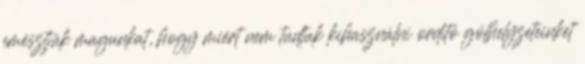
emésztjük magunkat, hogy miért nem tudtuk kihasználni ordító gólhelyzeteinket